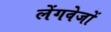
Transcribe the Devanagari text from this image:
लेंगवेजों